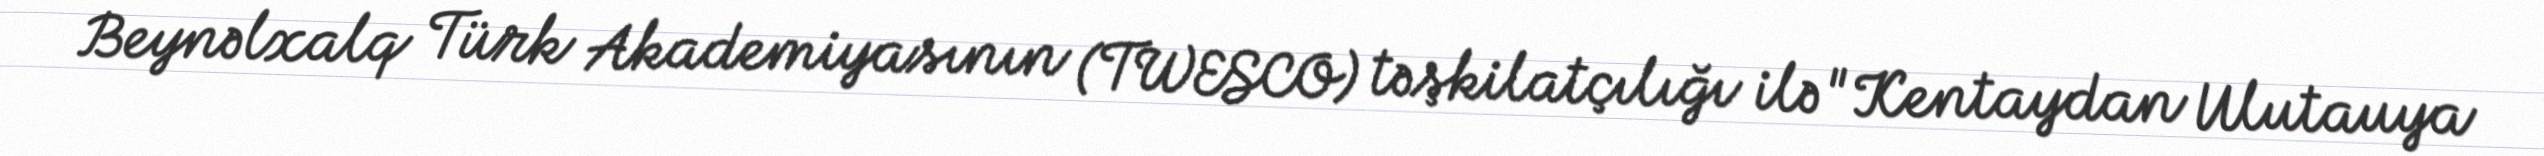
Beynəlxalq Türk Akademiyasının (TWESCO) təşkilatçılığı ilə "Kentaydan Ulutauya